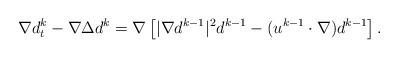
LaTeX: \begin{align*}\nabla d_t^k -\nabla \Delta d^k=\nabla \left[|\nabla d^{k-1}|^2 d^{k-1}-(u^{k-1}\cdot \nabla)d^{k-1}\right].\end{align*}